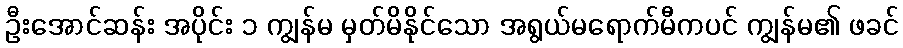
ဦးအောင်ဆန်း အပိုင်း ၁ ကျွန်မ မှတ်မိနိုင်သော အရွယ်မရောက်မီကပင် ကျွန်မ၏ ဖခင်